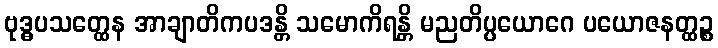
ဗုဒ္ဓပသတ္ထေန အာချာတိကပဒန္တိ သမောကိရန္တိ မညတိပ္ပယောဂေ ပယောဇနတ္ထဉ္စ